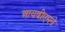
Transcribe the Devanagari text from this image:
आयबीएमने